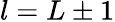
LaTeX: l=L\pm 1